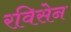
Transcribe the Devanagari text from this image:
रविसेन